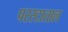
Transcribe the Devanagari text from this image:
परस्टाताल